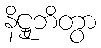
နိဋ္ဌုဘိတွာ